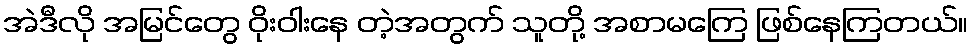
အဲဒီလို အမြင်တွေ ဝိုးဝါးနေ တဲ့အတွက် သူတို့ အစာမကြေ ဖြစ်နေကြတယ်။